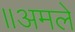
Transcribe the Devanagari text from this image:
॥अमले